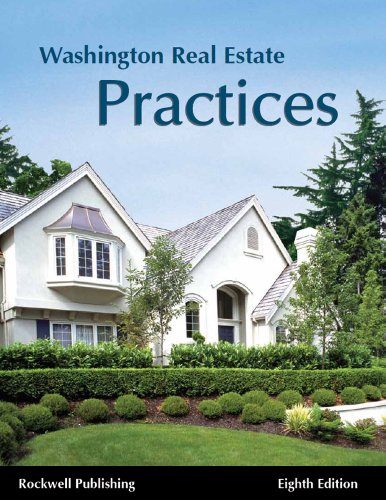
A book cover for Washington Real Estate Practices - 8th edition; Kathryn Haupt; Business & Money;